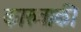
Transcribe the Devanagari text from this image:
कारुवाकी